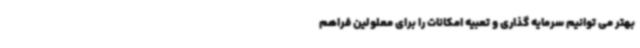
بهتر می توانیم سرمایه گذاری و تعبیه امکانات را برای معلولین فراهم